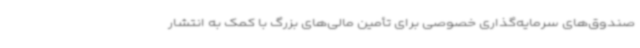
صندوق‌های سرمایه‌گذاری خصوصی برای تأمین مالی‌های بزرگ با کمک به انتشار